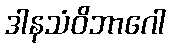
ဒါနသံဝိဘာဂေါ